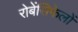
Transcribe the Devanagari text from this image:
रोबेंसिफेलों